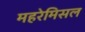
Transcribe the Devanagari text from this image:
महरेमिसल